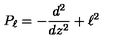
P _ { \ell } = - { \frac { d ^ { 2 } } { d z ^ { 2 } } } + \ell ^ { 2 }